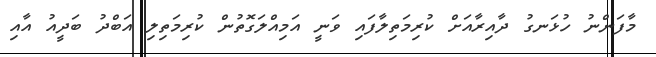
މާފަންނު ހުޅަނގު ދާއިރާއަށް ކުރިމަތިލާފައި ވަނީ އަމިއްލަގޮތުން ކުރިމަތިލި އަބްދު ބަދީއު އާއި